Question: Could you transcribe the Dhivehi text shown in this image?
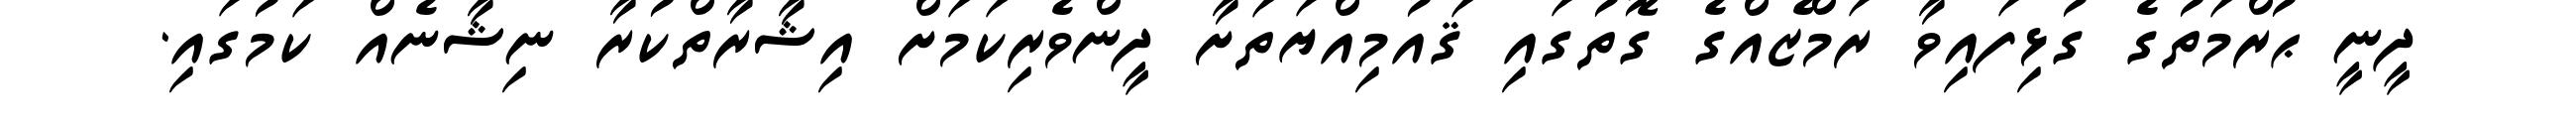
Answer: ދީނީ ޙުރްމަތުގެ ގުޅިފައިވާ ރަމްޒެއްގެ ގޮތުގައި ޤައުމިއްޔަތަށާ ދީންވެރިކަމަށް އިޝާރާތްކުރާ ނިޝާނެއް ކަމުގައި.